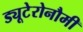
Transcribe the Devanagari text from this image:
ड्यूटेरोनौमी